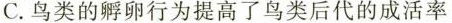
C.鸟类的孵卵行为提高了鸟类后代的成活率